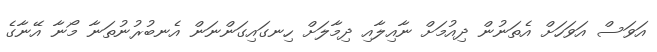
އަވަސް އަވަހަށް އެތަނުން ދިއުމަށް ނާއިލާއި ދިމާލަށް ހިނގައިގަންނަން އެނބުރުނުތަނާ މޯނާ އޭނާގެ